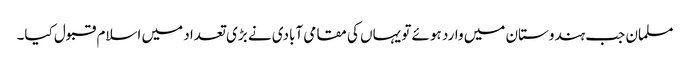
مسلمان جب ہندوستان میں وارد ہوئے تو یہاں کی مقامی آبادی نے بڑی تعداد میں اسلام قبول کیا۔